Vaccination in Burma 1912-1922 - 1912-1922
Year: 1912
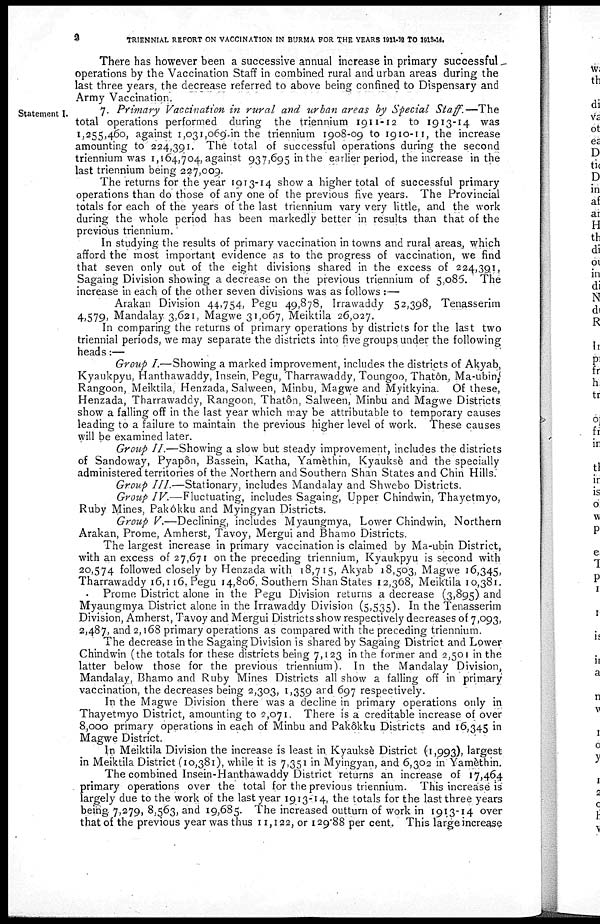
2
TRIENNIAL REPORT ON VACCINATION IN BURMA FOR THE YEARS 1911-12 TO 1913-14.
There has however been a successive annual increase in primary successful
operations by the Vaccination Staff in combined rural and urban areas during the
last three years, the decrease referred to above being confined to Dispensary and
Army Vaccination.
Statement I.
7. Primary Vaccination in rural and urban areas by Special Staff.—The
total operations performed during the triennium 1911-12 to 1913-14 was
1,255,460, against 1,031,069 in the triennium 1908-09 to 1910-11, the increase
amounting to 224,391. The total of successful operations during the second
triennium was 1,164,704, against 937,695 in the earlier period, the increase in the
last triennium being 227,009.
The returns for the year 1913-14 show a higher total of successful primary
operations than do those of any one of the previous five years. The Provincial
totals for each of the years of the last triennium vary very little, and the work
during the whole period has been markedly better in results than that of the
previous triennium.
In studying the results of primary vaccination in towns and rural areas, which
afford the most important evidence as to the progress of vaccination, we find
that seven only out of the eight divisions shared in the excess of 224,391,
Sagaing Division showing a decrease on the previous triennium of 5,086. The
increase in each of the other seven divisions was as follows :—
Arakan Division 44,754, Pegu 49,878, Irrawaddy 52,398, Tenasserim
4,579, Mandalay 3,621, Magwe 31,067, Meiktila 26,027.
In comparing the returns of primary operations by districts for the last two
triennial periods, we may separate the districts into five groups under the following
heads:—
Group I.—Showing a marked improvement, includes the districts of Akyab,
Kyaukpyu, Hanthawaddy, Insein, Pegu, Tharrawaddy, Toungoo, Thatôn, Ma-ubin,
Rangoon, Meiktila, Henzada, Salween, Minbu, Magwe and Myitkyina. Of these,
Henzada, Tharrawaddy, Rangoon, Thatôn, Salween, Minbu and Magwe Districts
show a falling off in the last year which may be attributable to temporary causes
leading to a failure to maintain the previous higher level of work. These causes
will be examined later.
Group II.—Showing a slow but steady improvement, includes the districts
of Sandoway, Pyapôn, Bassein, Katha, Yamèthin, Kyauksè and the specially
administered territories of the Northern and Southern Shan States and Chin Hills.
Group III.—Stationary, includes Mandalay and Shwebo Districts.
Group IV.—Fluctuating, includes Sagaing, Upper Chindwin, Thayetmyo,
Ruby Mines, Pakôkku and Myingyan Districts.
Group V.—Declining, includes Myaungmya, Lower Chindwin, Northern
Arakan, Prome, Amherst, Tavoy, Mergui and Bhamo Districts.
The largest increase in primary vaccination is claimed by Ma-ubin District,
with an excess of 27,671 on the preceding triennium, Kyaukpyu is second with
20,574 followed closely by Henzada with 18,715, Akyab 18,503, Magwe 16,345,
Tharrawaddy 16,116, Pegu 14,806, Southern Shan States 12,368, Meiktila 10,381.
Prome District alone in the Pegu Division returns a decrease (3,895) and
Myaungmya District alone in the Irrawaddy Division (5,535). In the Tenasserim
Division, Amherst, Tavoy and Mergui Districts show respectively decreases of 7,093,
2,487, and 2,168 primary operations as compared with the preceding triennium.
The decrease in the Sagaing Division is shared by Sagaing District and Lower
Chindwin (the totals for these districts being 7,123 in the former and 2,501 in the
latter below those for the previous triennium). In the Mandalay Division,
Mandalay, Bhamo and Ruby Mines Districts all show a falling off in primary
vaccination, the decreases being 2,303, 1,359 and 697 respectively.
In the Magwe Division there was a decline in primary operations only in
Thayetmyo District, amounting to 2,071. There is a creditable increase of over
8,000 primary operations in each of Minbu and Pakôkku Districts and 16,345 in
Magwe District.
In Meiktila Division the increase is least in Kyauksè District (1,993), largest
in Meiktila District (10,381), while it is 7,351 in Myingyan, and 6,302 in Yamèthin.
The combined Insein-Hanthawaddy District returns an increase of 17,464
. primary operations over the total for the previous triennium. This increase is
largely due to the work of the last year 1913-14, the totals for the last three years
being. 7,279, 8,563, and 19,685. The increased outturn of work in 1913-14 over
that of the previous year was thus 11,122, or 129.88 per cent. This large increase